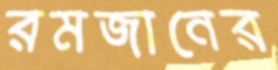
রমজানের